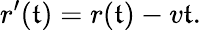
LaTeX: r^{\prime}(\mathfrak{t})=r(\mathfrak{t})-v\mathfrak{t}.